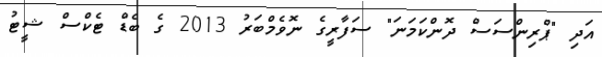
އަދި "ޕްރިންސަސް ދޮންކަމަނަ" ސަފާރީގެ ނޮވެމްބަރު 2013 ގެ ބެޑް ޓެކްސް ޝީޓު